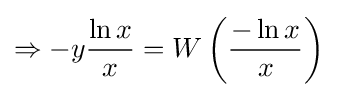
\Rightarrow -y{\frac {\ln x}{x}}=W\left({\frac {-\ln x}{x}}\right)